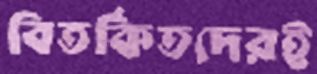
বিতর্কিতদেরই